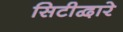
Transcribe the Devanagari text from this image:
सिटीद्वारे